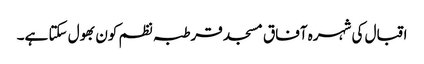
اقبال کی شہرہ آفاق مسجد قرطبہ نظم کون بھول سکتا ہے۔